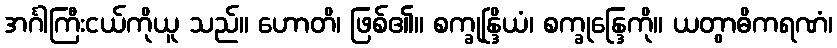
အင်္ဂါကြီးငယ်ကိုယူ သည်။ ဟောတိ၊ ဖြစ်၏။ စက္ခုန္ဒြိယံ၊ စက္ခုန္ဒြေကို။ ယတွာဓိကရဏံ၊